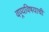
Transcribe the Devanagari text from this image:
वण्र्यविषयाची